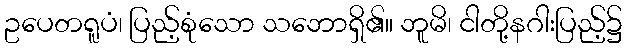
ဥပေတရူပံ၊ ပြည့်စုံသော သဘောရှိ၏။ ဘူမိ၊ ငါတို့နဂါးပြည့်၌